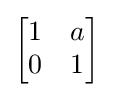
{\begin{bmatrix}1&a\\0&1\end{bmatrix}}